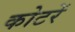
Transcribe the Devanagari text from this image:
कोटरें